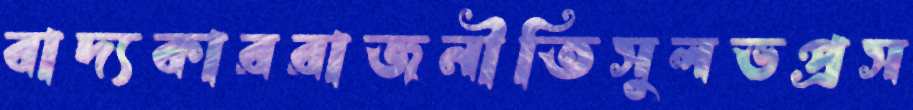
বাদ্যকাররাজনীতিসুলভপ্রস